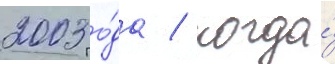
2003 го́да / когда́